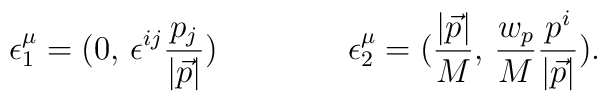
\epsilon^{\mu}_{1}= (0,\, \epsilon^{ij} \frac {{p}_j}{|\vec p|})\qquad \qquad \epsilon^{\mu}_{2}= (\frac{|\vec p|}{M},\,\frac {w_p}{M}\frac {{ p}^i}{|\vec p|}).